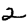
Digit: 2